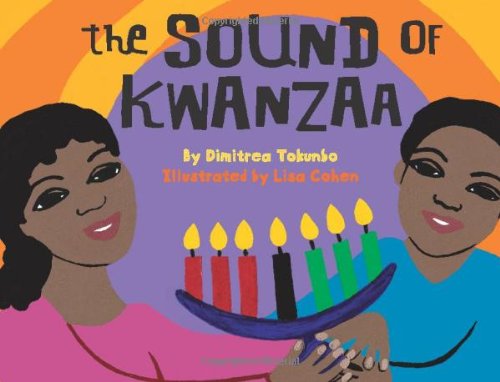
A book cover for The Sound Of Kwanzaa; Dimitrea Tokunbo; Children's Books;